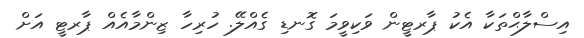
އިސްލާޙްތަކާ އެކު ޕާރޓީން ވަކިވީމަ ގޮނޑި ގެއްލޭ. ހުރިހާ ޒިންމާއެއް ޕާރޓީ އަށް